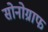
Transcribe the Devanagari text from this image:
सोनोग्राफ